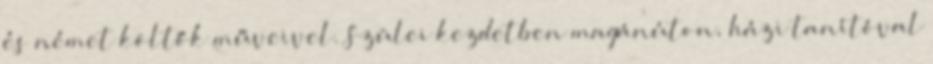
és német költők műveivel. Szülei kezdetben magánúton, házi tanítóval